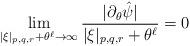
LaTeX: \begin{align*}\lim_{|\xi|_{p,q,r}+\theta^{\ell}\to\infty}\frac{|\partial_{\theta}\hat{\psi}|}{|\xi|_{p,q,r}+\theta^{\ell}}=0\end{align*}